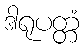
ဒါရုပတ္တံ